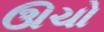
ઊચો